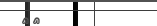
٧٢